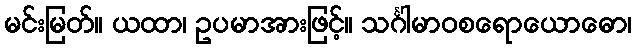
မင်းမြတ်။ ယထာ၊ ဥပမာအားဖြင့်။ သင်္ဂါမာဝစရောယောဓော၊